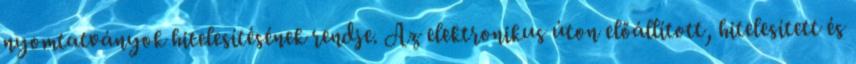
nyomtatványok hitelesítésének rendje. Az elektronikus úton előállított, hitelesített és